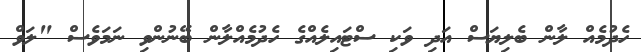
ހެދުމެއް ލާން ބެލިޔަސް އަދި ވަކި ސްޓައިލެއްގެ ހެދުމެއްލާން ބޭނުންވި ނަމަވެސް "ލަވް